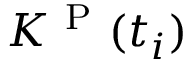
K ^ { \mathrm { ~ P ~ } } ( t _ { i } )